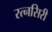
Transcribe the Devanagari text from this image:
रत्नसिरी